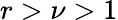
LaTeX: r>\nu>1